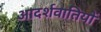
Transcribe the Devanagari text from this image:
आदर्शवातियों